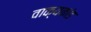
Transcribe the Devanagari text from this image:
वाक्यकांड